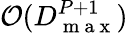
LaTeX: \mathcal{O}(D_{\mathrm{~m~a~x~}}^{P+1})